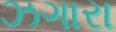
ઝગારા